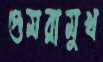
গুমরামুখ